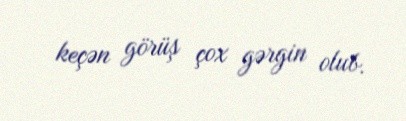
keçən görüş çox gərgin olub.